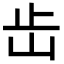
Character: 𡵩